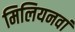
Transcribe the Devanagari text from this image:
मिलियनवां